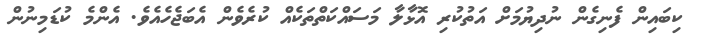
ކިބައިން ފެނިގެން ނުދިޔުމަށް އަތުކުރި އޮޅާލާ މަސައްކަތްތަކެއް ކުރެވެން އެބަޖެހެއެވެ. އެންމެ ކުޑަމިނުން